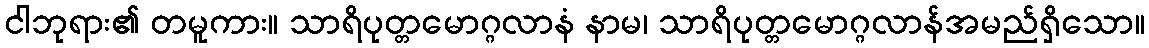
ငါဘုရား၏ တမူကား။ သာရိပုတ္တမောဂ္ဂလာနံ နာမ၊ သာရိပုတ္တမောဂ္ဂလာန်အမည်ရှိသော။